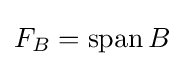
F_{B}=\operatorname {span} B